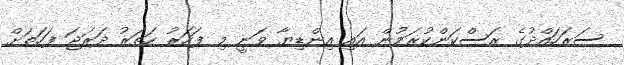
ސަރަހައްދުގެ ރަސްކަންކުރަމުން އައި އިންޑިޔާ ވަނީ މި ފަހަރު ހަތަރު ދަރަޖަ ފަހަތަށް